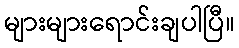
များများရောင်းချပါပြီ။